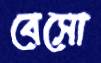
বেসো